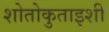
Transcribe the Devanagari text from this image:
शोतोकुताइशी